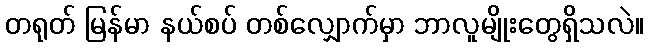
တရုတ် မြန်မာ နယ်စပ် တစ်လျှောက်မှာ ဘာလူမျိုးတွေရှိသလဲ။